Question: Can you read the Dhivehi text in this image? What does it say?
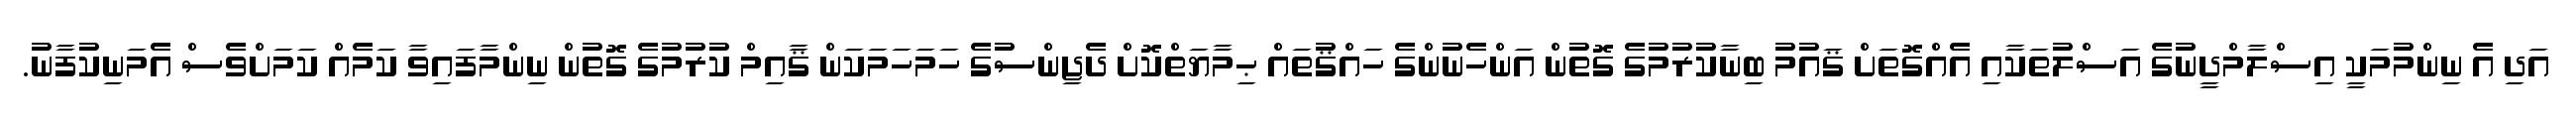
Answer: އަދި އެ ނިންމުމަކީ އިސްލާމްދީނުގެ އަސްލުތަކާއި އެއްގޮތަށް ޤައުމު ބިނާކުރުމުގެ ގޮތުން އަންހެނުންގެ ހައްޤުތައް ޙިމާޔަތްކޮށް ދެޖިންސުގެ ހަމަހަމަކަން ޤާއިމް ކުރުމުގެ ގޮތުން ނިންމާފައިވާ ކަމެއް ކަމަށްވެސް އެމަނިކުފާނު.